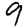
Digit: 9